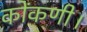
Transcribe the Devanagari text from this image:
कोंकणी।